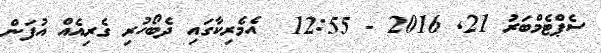
ސެޕްޓެމްބަރު 21